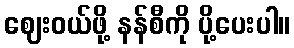
ဈေးဝယ်ဖို့ နန်စီကို ပို့ပေးပါ။